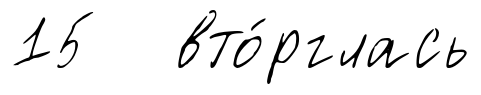
15 вто́рглась